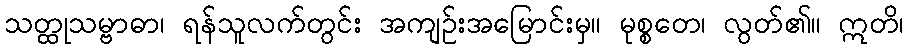
သတ္ထုသမ္ဗာဓာ၊ ရန်သူလက်တွင်း အကျဉ်းအမြောင်းမှ။ မုစ္စတေ၊ လွတ်၏။ ဣတိ၊